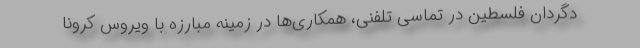
دگردان فلسطین در تماسی تلفنی، همکاری‌ها در زمینه مبارزه با ویروس کرونا